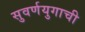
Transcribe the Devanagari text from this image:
सुवर्णयुगाची